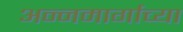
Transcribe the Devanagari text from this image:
अन्नमार्गाच्या